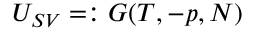
U _ { S V } = : G ( T , - p , N )